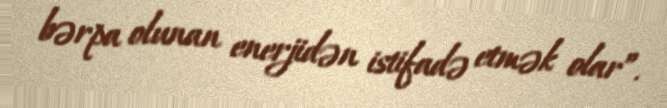
bərpa olunan enerjidən istifadə etmək olar”.